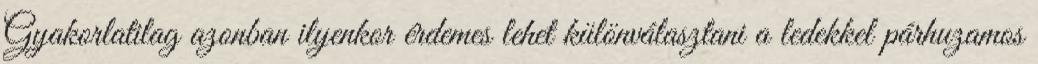
Gyakorlatilag azonban ilyenkor érdemes lehet különválasztani a ledekkel párhuzamos